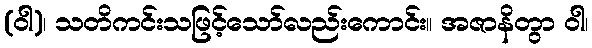
(ဝါ)၊ သတိကင်းသဖြင့်သော်လည်းကောင်း။ အဇာနိတွာ ဝါ၊